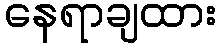
နေရာချထား